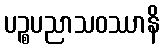
ပဉ္စပညာသဝဿာနိ